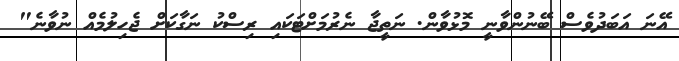
އޭނަ އަބަދުވެސް ބޭނުންވާނީ މޮޅުވާން. ނަތީޖާ ނެރުމަށްޓަކައި ރިސްކު ނަގާކަށް ޖެހިލުމެއް ނުވާނެ"